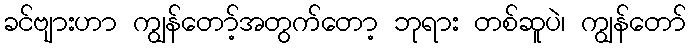
ခင်ဗျားဟာ ကျွန်တော့်အတွက်တော့ ဘုရား တစ်ဆူပဲ၊ ကျွန်တော်